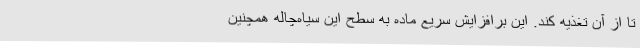
تا از آن تغذیه کند. این برافزایش سریع ماده به سطح این سیاه‌چاله همچنین